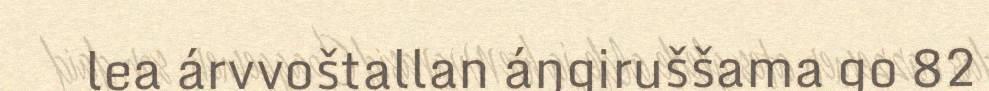
lea árvvoštallan áŋgiruššama go 82